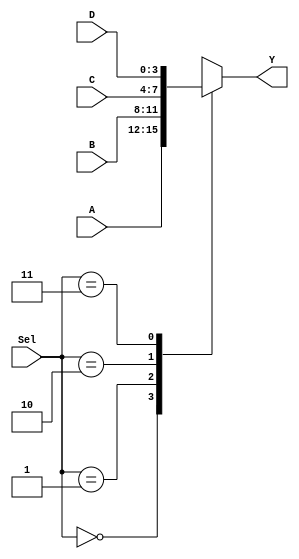
module mux4(A,B, C, D, Sel, Y);

	input [3:0] A;
	input [3:0] B;
	input [3:0] C;
	input [3:0] D;
	input [1:0] Sel;
	output [3:0] Y;

	reg [3:0] Y;
	
	always @ (Sel)
	begin
		case (Sel)
		2'b00: Y = A; 
		2'b01: Y = B;
		2'b10: Y = C;
		2'b11: Y = D;
		endcase
	end

endmodule